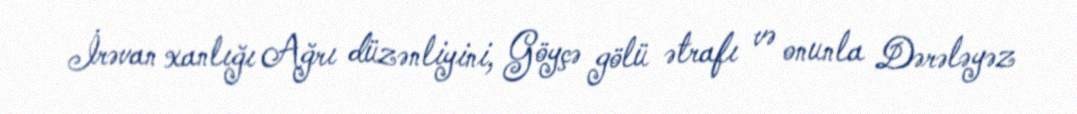
İrəvan xanlığı Ağrı düzənliyini, Göyçə gölü ətrafı və onunla Dərələyəz